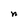
Character: n